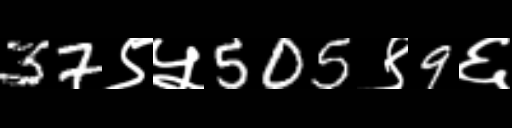
Text: 37९५505९9६